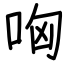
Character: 哅